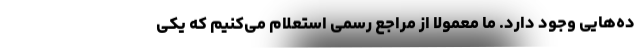
ده‌هایی وجود دارد. ما معمولاً از مراجع رسمی استعلام می‌کنیم که یکی